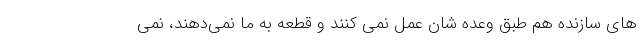
های سازنده هم طبق وعده شان عمل نمی کنند و قطعه به ما نمی‌دهند، نمی